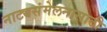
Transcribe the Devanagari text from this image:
नाट्यसंमेलनासाठी